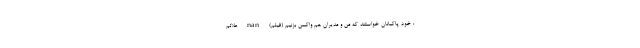
: خود پاكبانان خواستند كه من و مدیران هم واكسن بزنيم (فیلم) nan علائم